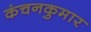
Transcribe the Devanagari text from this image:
कंचनकुमार